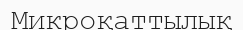
Микроқаттылық